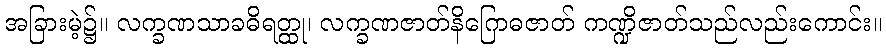
အခြားမဲ့၌။ လက္ခဏသာခဓိရတ္ထု၊ လက္ခဏဇာတ်နိဂြောဓဇာတ် ကဏ္ဍိဇာတ်သည်လည်းကောင်း။